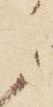
ら